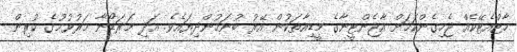
ހާޓްއެޓޭކެއް ޖެހިގެންކަމަށް އާޖެންޓީނާގެ މީޑިއާތަކުން އޭރު ބުނަމުންދިޔައެވެ. އަދި މަރަޑޯނާ މަރުވުމުގެ ކުރިން